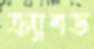
ক্র্যাশড